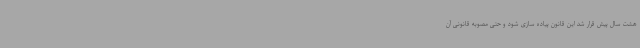
هشت سال پیش قرار شد این قانون پیاده سازی شود و حتی مصوبه قانونی آن